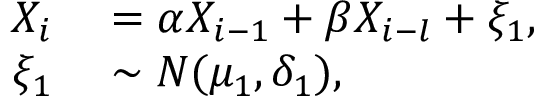
\begin{array} { r l } { X _ { i } } & { { } = \alpha X _ { i - 1 } + \beta X _ { i - l } + \xi _ { 1 } , } \\ { \xi _ { 1 } } & { { } \sim N ( \mu _ { 1 } , \delta _ { 1 } ) , } \end{array}